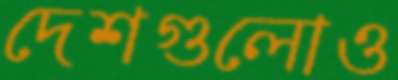
দেশগুলোও